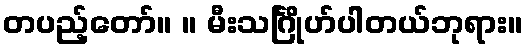
တပည့်တော်။ ။ မီးသင်္ဂြိုဟ်ပါတယ်ဘုရား။